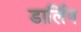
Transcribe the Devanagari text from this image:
डार्लिन